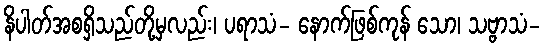
နိပါတ်အစရှိသည်တို့မှလည်း၊ ပရာသံ- နောက်ဖြစ်ကုန် သော၊ သဗ္ဗာသံ-